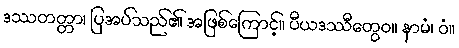
ဒဿတတ္တာ၊ ပြအပ်သည်၏ အဖြစ်ကြောင့်။ ပီယဒဿီတွေဝ။ နာမံ၊ ဝံ။